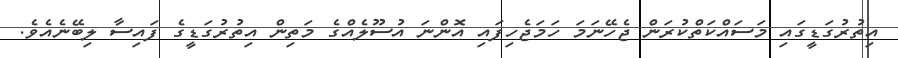
އިތުރުގަޑީގައި މަސައްކަތްކުރަން ޖެހޭނަމަ ހަމަޖެހިފައި އޮންނަ އުސޫލެއްގެ މަތިން އިތުރުގަޑީގެ ފައިސާ ލިބޭނެއެވެ.